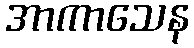
အာကာသေန